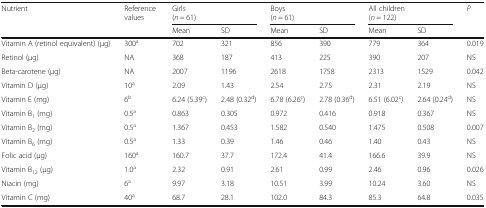
<table><thead><tr><td rowspan="2"><b>Nutrient</b></td><td rowspan="2"><b>Reference values</b></td><td colspan="2"><b>Girls(<i>n</i> = 61)</b></td><td colspan="2"><b>Boys(<i>n</i> = 61)</b></td><td colspan="2"><b>All children(<i>n</i> = 122)</b></td><td><b><i>P</i></b></td></tr><tr><td><b>Mean</b></td><td><b>SD</b></td><td><b>Mean</b></td><td><b>SD</b></td><td><b>Mean</b></td><td><b>SD</b></td><td></td></tr></thead><tbody><tr><td>Vitamin A (retinol equivalent) (μg)</td><td>300<sup>a</sup></td><td>702</td><td>321</td><td>856</td><td>390</td><td>779</td><td>364</td><td>0.019</td></tr><tr><td>Retinol (μg)</td><td>NA</td><td>368</td><td>187</td><td>413</td><td>225</td><td>390</td><td>207</td><td>NS</td></tr><tr><td>Beta-carotene (μg)</td><td>NA</td><td>2007</td><td>1196</td><td>2618</td><td>1758</td><td>2313</td><td>1529</td><td>0.042</td></tr><tr><td>Vitamin D (μg)</td><td>10<sup>a</sup></td><td>2.09</td><td>1.43</td><td>2.54</td><td>2.75</td><td>2.31</td><td>2.19</td><td>NS</td></tr><tr><td>Vitamin E (mg)</td><td>6<sup>b</sup></td><td>6.24 (5.39<sup>c</sup>)</td><td>2.48 (0.32<sup>d</sup>)</td><td>6.78 (6.26<sup>c</sup>)</td><td>2.78 (0.36<sup>d</sup>)</td><td>6.51 (6.02<sup>c</sup>)</td><td>2.64 (0.24<sup>d</sup>)</td><td>NS</td></tr><tr><td>Vitamin B<sub>1</sub> (mg)</td><td>0.5<sup>a</sup></td><td>0.863</td><td>0.305</td><td>0.972</td><td>0.416</td><td>0.918</td><td>0.367</td><td>NS</td></tr><tr><td>Vitamin B<sub>2</sub> (mg)</td><td>0.5<sup>a</sup></td><td>1.367</td><td>0.453</td><td>1.582</td><td>0.540</td><td>1.475</td><td>0.508</td><td>0.007</td></tr><tr><td>Vitamin B<sub>6</sub> (mg)</td><td>0.5<sup>a</sup></td><td>1.33</td><td>0.39</td><td>1.46</td><td>0.46</td><td>1.40</td><td>0.43</td><td>NS</td></tr><tr><td>Folic acid (μg)</td><td>160<sup>a</sup></td><td>160.7</td><td>37.7</td><td>172.4</td><td>41.4</td><td>166.6</td><td>39.9</td><td>NS</td></tr><tr><td>Vitamin B<sub>12</sub> (μg)</td><td>1.0<sup>a</sup></td><td>2.32</td><td>0.91</td><td>2.61</td><td>0.99</td><td>2.46</td><td>0.96</td><td>0.026</td></tr><tr><td>Niacin (mg)</td><td>6<sup>a</sup></td><td>9.97</td><td>3.18</td><td>10.51</td><td>3.99</td><td>10.24</td><td>3.60</td><td>NS</td></tr><tr><td>Vitamin C (mg)</td><td>40<sup>a</sup></td><td>68.7</td><td>28.1</td><td>102.0</td><td>84.3</td><td>85.3</td><td>64.8</td><td>0.035</td></tr></tbody></table>